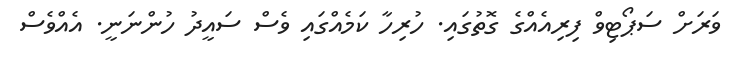
ވަރަށް ސަޕޯޓިވް ފިރިއެއްގެ ގޮތުގައި. ހުރިހާ ކަމެއްގައި ވެސް ސައީދު ހުންނަނީ. އެއްވެސް